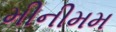
મીનીમમ